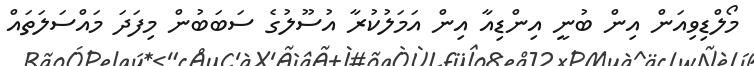
މޯލްޑިވިއަން އިން ބުނީ އިންޑިއާ އިން އަމަލުކުރާ އުސޫލުގެ ސަބަބުން މިފަދަ މައްސަލަތައް